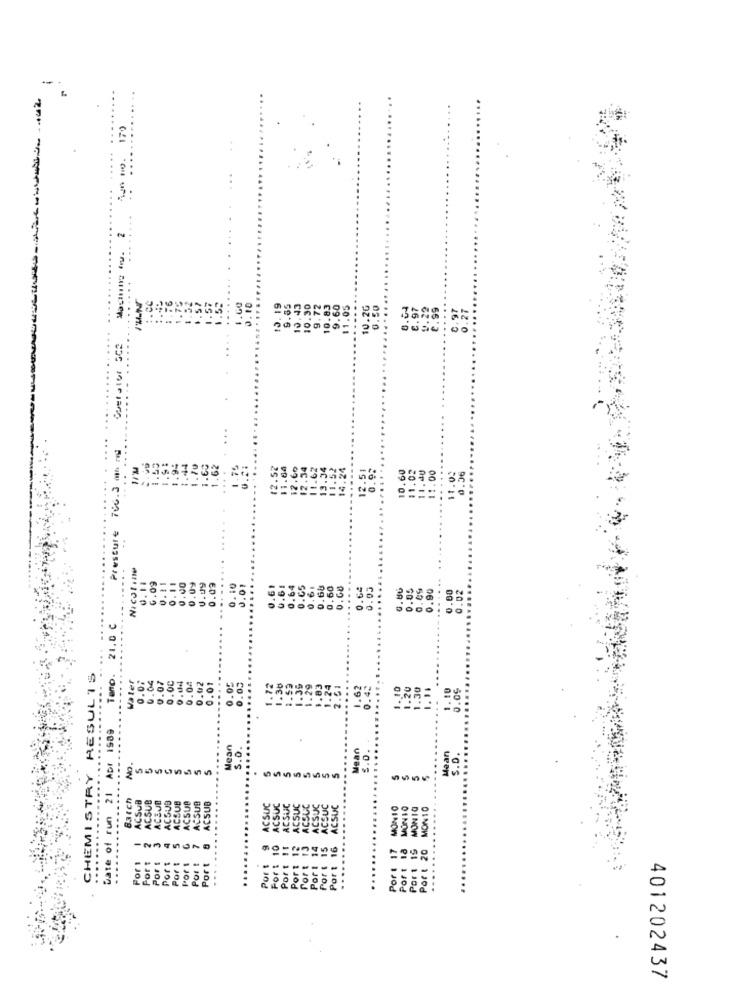
...
.....
Aun no. 179
.
.....
....
2
. .
....
1.60
0.10
. 19
9.60
11.05
10.2G
0.04
9.22
2.99
.....
0:27
13.4
10.3
9.7
10.8
E . 97
2
Boetstor 502
........
Pressure 766.3 mm mid
1.91
1.94
1.44
1.70
,60
12.51
10.60
11.40
11.00
0.56
1.º
14.2
11.02
11.00
Nicotine
1.00
0.11
0.09
.09
0.09
.....
0.10
0.01
.....
0.61
0.61
0.64
0.05
0.61
0.68
0.60
0.64
0.03
0.80
0.05
0.09
0.90
...
0.00
0.02
Teno. 21.0 C
RESULTS
.....
9.07
0.00
.04
.02
.....
Water
0.00
0.0
0.05
0.05
.12
.30
1.53
1.39
1.29
1.83
1.24
2.51
0.43
.10
1.20
1.30
1.10
0.09
1. 1.
:
Date of run 21 Apr 1989
Mean
5.0.
Mean
1.0.
Mean
S.D.
No.
5
5
5
...
CHEMISTRY
Batch
ACSUB
ACSUB
ACEJO
ACSUB
ACSUB
ACSUP
ACSUB
ACSUB
ACSUC
ACSUC
SUC
SUC
ACSUC
ACSUC
ACSUC
ACSUC
MON10
MONIO
MONIG
MON 10
.......
...
4
Fort 10
Port !!
Port 12
Fort 13
Port 14
Port 15
Port 16
Por : 17
Port 18
-N
ort
Port
Por 1 1
Port à
Port
Por !
Port
..
-
..
401202437